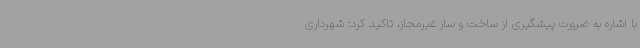
با اشاره به ضرورت پیشگیری از ساخت و ساز غیرمجاز، تاکید کرد: شهرداری